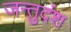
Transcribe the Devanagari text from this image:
जन्तुदंश